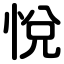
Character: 悅